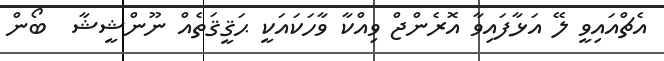
އެޗްއައިވީ ލޭ އަޅާފައިވާ އޮރެންޖް ވިއްކާ ވާހަކައަކީ ޙަޤީޤަތެއް ނޫންޝީޝާ  ބޯން